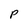
Character: P